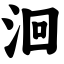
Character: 洄